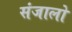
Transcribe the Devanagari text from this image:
संजालो